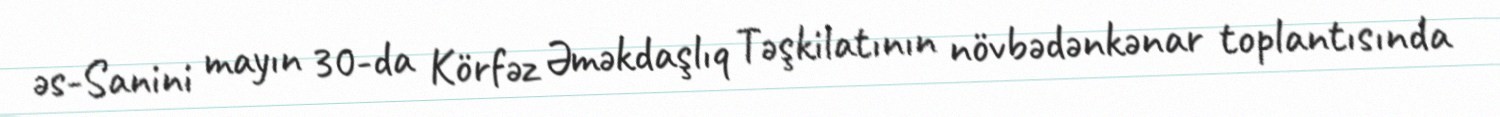
əs-Sanini mayın 30-da Körfəz Əməkdaşlıq Təşkilatının növbədənkənar toplantısında